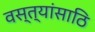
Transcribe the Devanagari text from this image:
वस्त्यांसाठि